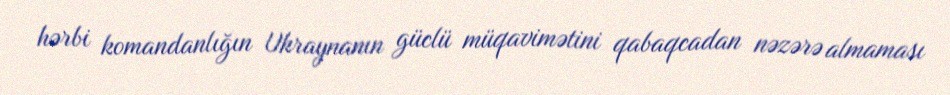
hərbi komandanlığın Ukraynanın güclü müqavimətini qabaqcadan nəzərə almaması